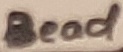
Text: Bead